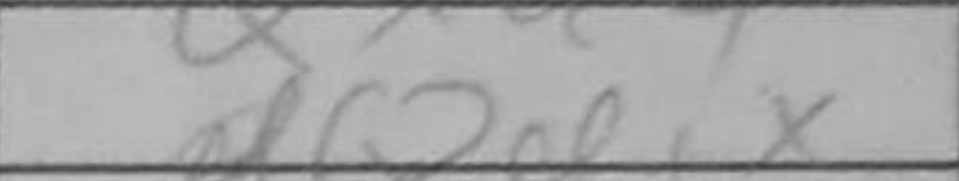
Transcription: Qd1+